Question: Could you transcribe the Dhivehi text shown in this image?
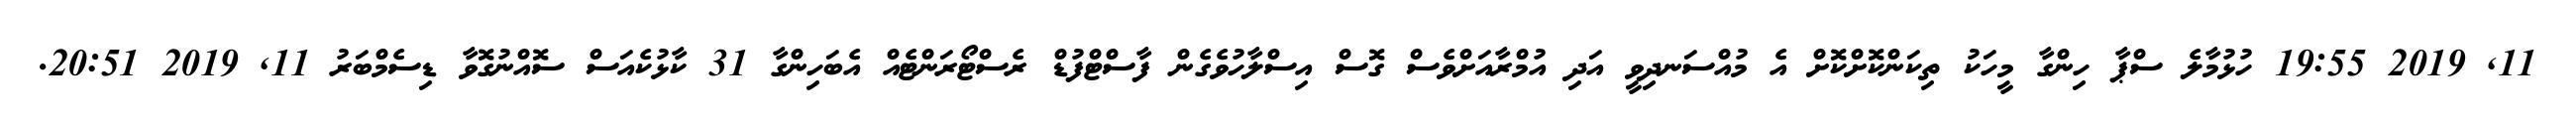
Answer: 11, 2019 19:55 ހުޅުމާލެ ސްޕާ ހިންގާ މީހަކު ތިކަންކޮށްކޮށް އެ މުއްސަނދިވީ އަދި އުމްރާއަށްވެސް ގޮސް އިސްލާހުވެގެން ފާސްޓްފުޑް ރެސްޓޯރަންޓެއް އެބަހިންގާ 31 ކާޅުކެއަސް ސޮއްނުގޮވާ ޑިސެމްބަރު 11, 2019 20:51.